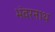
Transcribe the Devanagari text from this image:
भंवरनाथ